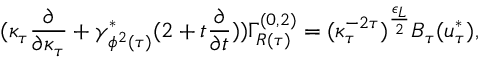
( \kappa _ { \tau } \frac { \partial } { \partial \kappa _ { \tau } } + \gamma _ { \phi ^ { 2 } ( \tau ) } ^ { * } ( 2 + t \frac { \partial } { \partial t } ) ) \Gamma _ { R ( \tau ) } ^ { ( 0 , 2 ) } = ( \kappa _ { \tau } ^ { - 2 \tau } ) ^ { \frac { \epsilon _ { L } } { 2 } } B _ { \tau } ( u _ { \tau } ^ { * } ) ,